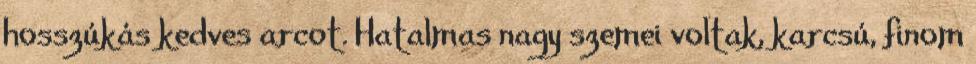
hosszúkás kedves arcot. Hatalmas nagy szemei voltak, karcsú, finom